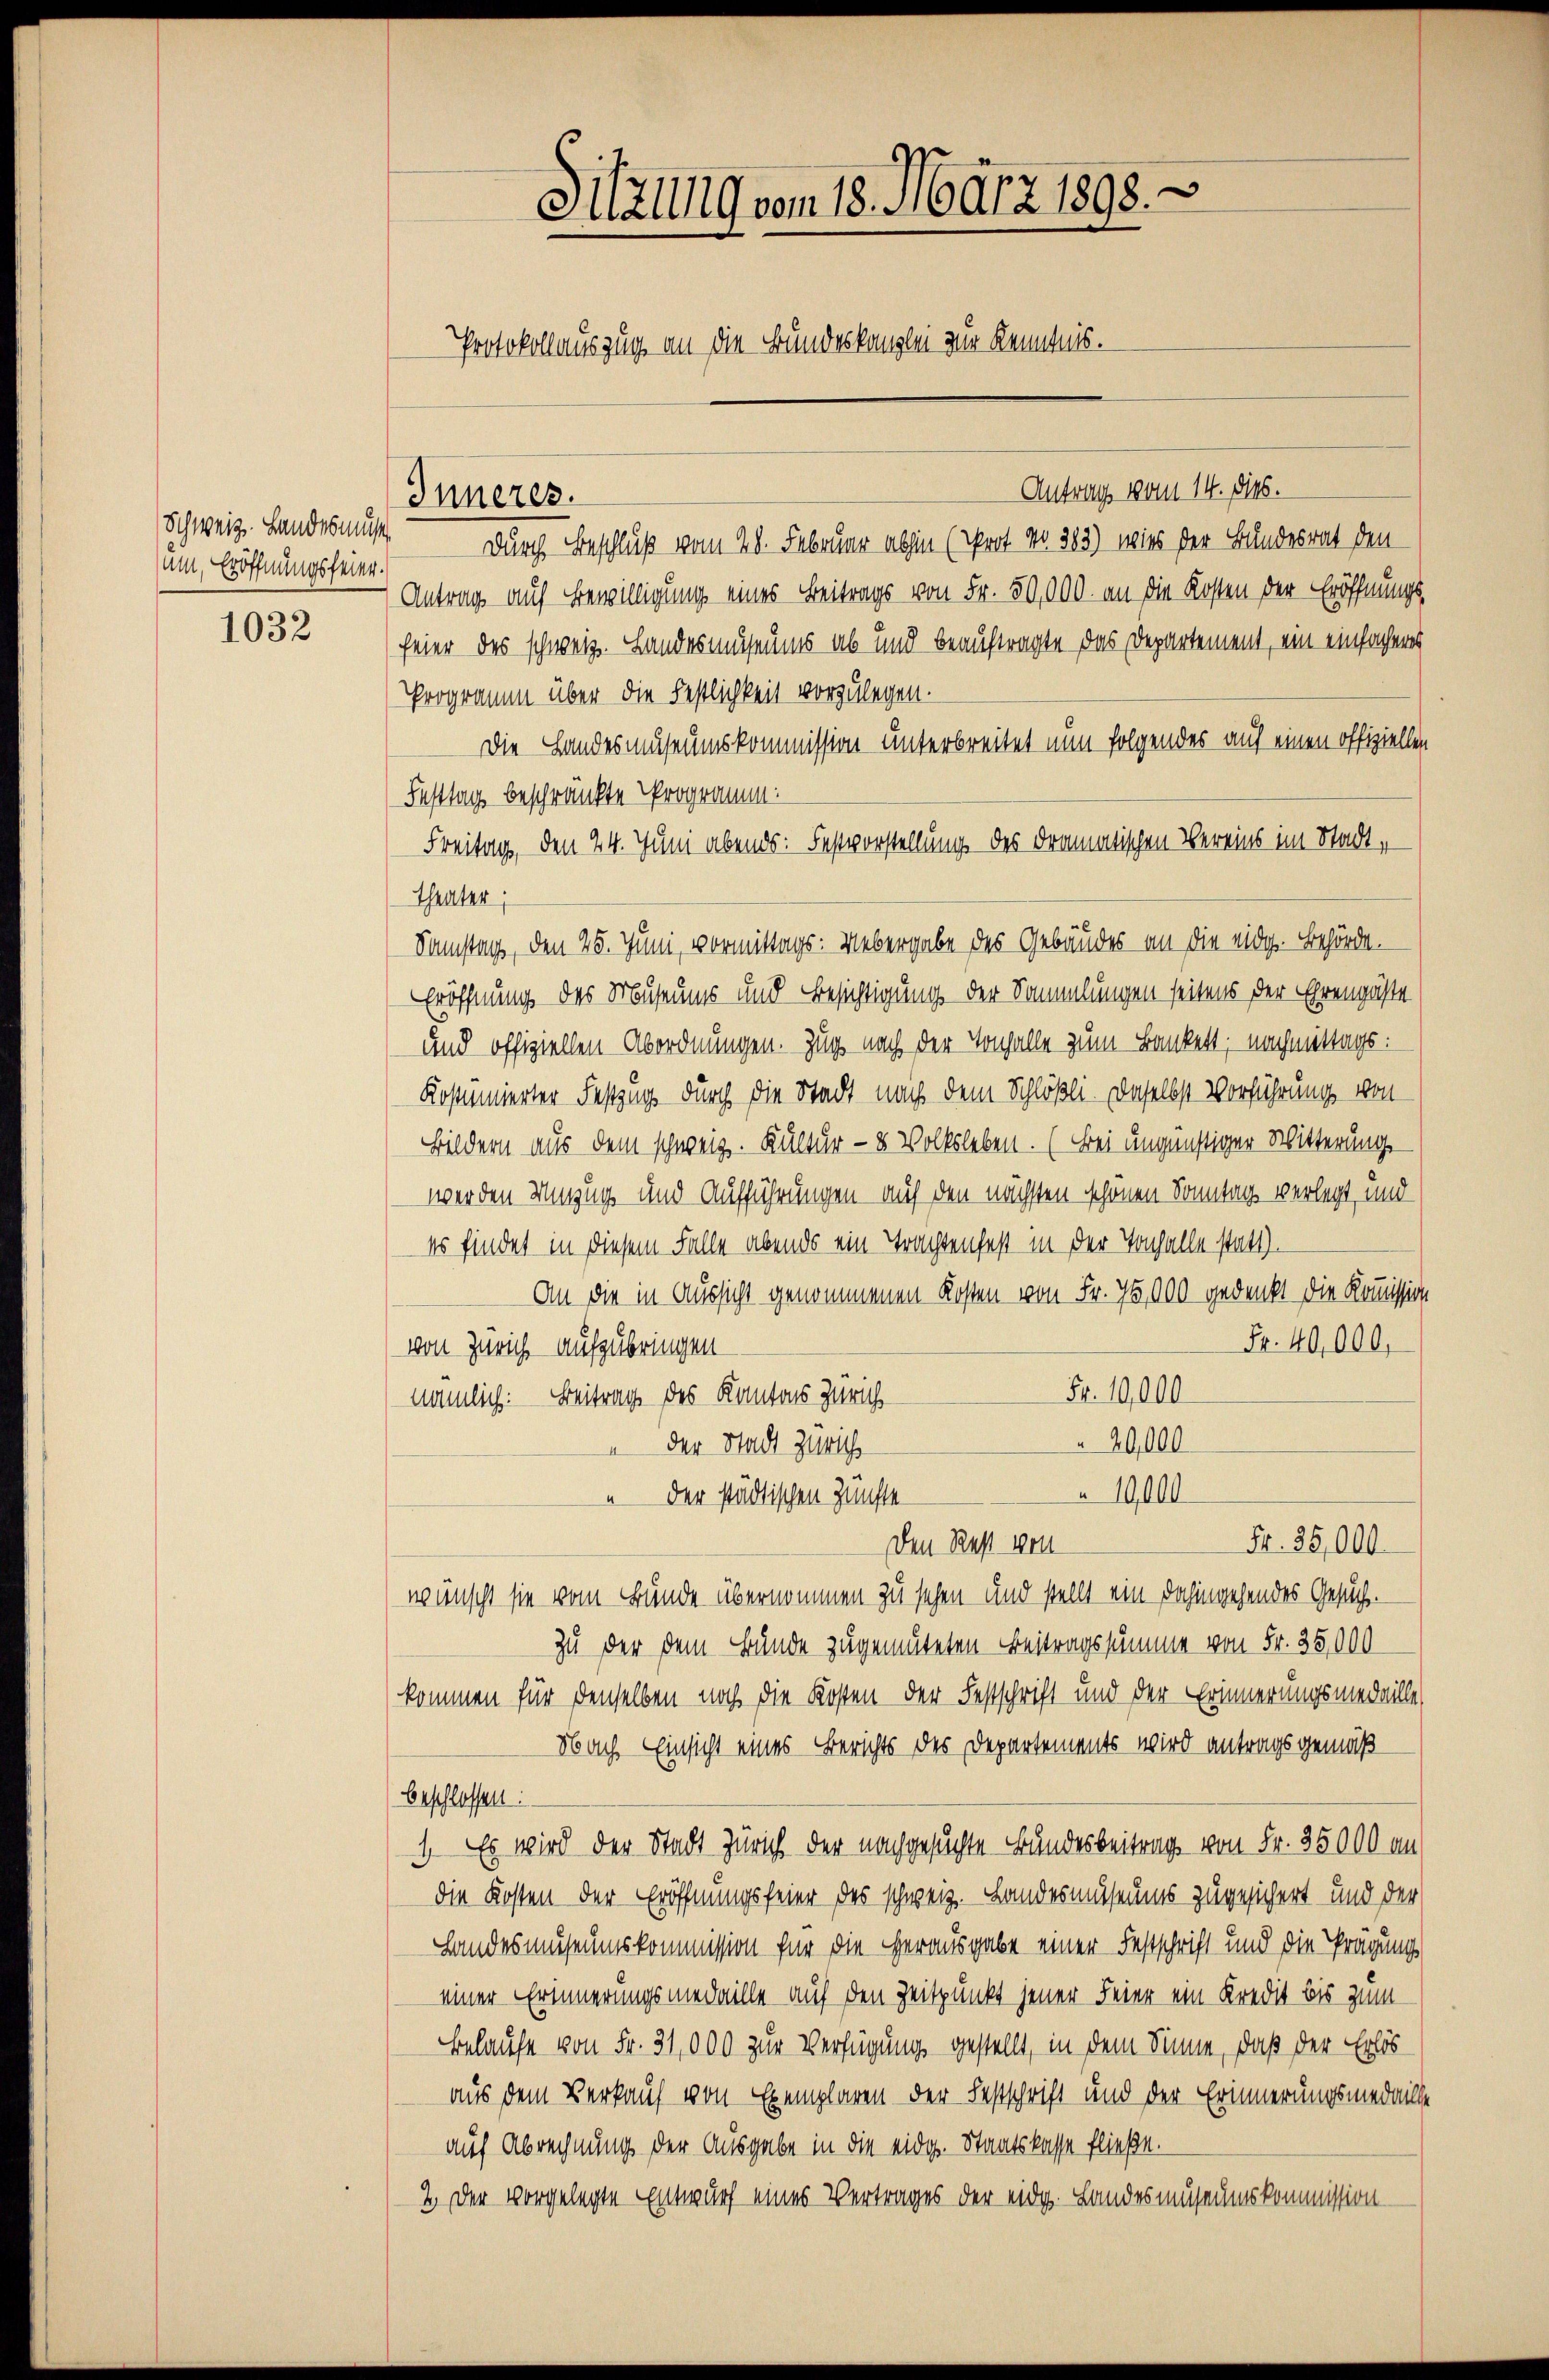
Schweiz. Landes muss
um, Eröffnungsfeier.

1032

Sitzung vom 18. März 1898.
Protokollauszug an die Bundeskanzlei zur Kenntnis.

Antrag vom 14. dies.
Durch Beschluß vom 28. Februar abhin (Prof. No 383) wies der Bundesrat den
Antrag auf Bewilligung eines Beitrags von Fr. 50,000. an die Kosten der Eröffnungs-
feier des schweiz. Landesmuseums ab und beauftragte das Departement, ein einfachenes
Programm über die Festlichkeit vorzulegen.
Die Handesmuseumskommission unterbreitet nun folgendes auf einen offiziellen
Festtag beschränkte Programm
Freitag, den 24. Juni abends: Festvorstellung des Dramatischen Vereins im Stadt,
Theater;
Samstag, den 25. Juni, vormittags: Uebergabe des Gebäudes an die eidg. Behörde.
Eröffnung des Museums und Besichtigung der Sammlungen seitens der Ehrengäste
und offiziellen Abordnungen. Zug nach der Vorfalle zum Bankett; nachmittags:
Kostümierter Festzug durch die Stadt nach dem Schlößli. Daselbst Verführung von
Bildern aus dem schweiz. Kultur - 8 Volksleben. (Bei ungünstiger Witterung
werden Umzug und Aufführungen auf den nächsten schönen Sonntag verlegt und
es findet in diesem Falle abends ein Trachtenfest in der Tonhalle statt
An die in Aussicht genommenen Kosten von Fr. 7, 900 gedenkt die Kommission
Fr. 40,000.
von Zürich aufzubringen
Fr. 10,000
nämlich: Beitrag des Kantons Zürich
20,000
der Stadt Zürich
10,000
u der städtischen Zünfte
Fr. 35,000.
Den Rest von
wünscht sie vom Bunde übernommen zu sehen und stellt ein dahingehendes Gesuch.
zu der dem Bunde zugemuteten Beitragssumme von Fr. 25,000
kommen für denselben noch die Kosten der Festschrift und der Erinnerungsmedaille,
Nach Einsicht eines Berichts des Departements wird antragsgemäß
beschlossen:
1. Es wird der Stadt Zürich der nachgesuchte Bundesbeitrag von Fr. 35000 an
die Kosten der Eröffnungsfeier des schweiz. Landesmuseums zugesichert und der
Landesmuseumskommission für die Herausgabe einer Festschrift und die Prägung
einer Erinnerungsmedaille auf den Zeitpunkt jener Feier ein Kredit bis zum
Belaufe von Fr. 31,000 zur Verfügung gestellt, in dem Sinne, daß der Erlös
aus dem Verkauf von Exemplaren der Festschrift und der Erinnerungsmedaill
auf Abrechnung der Ausgabe in die eidg. Staatskasse fließe.
2. Der vorgelegte Entwurf eines Vertrages der eidg. Landesmuseumskommission

Inneres.